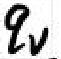
$q_{v}$